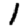
Digit: 1